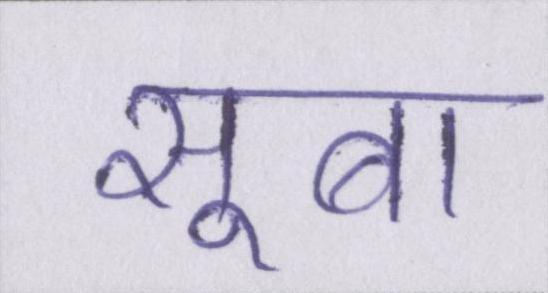
सूबा